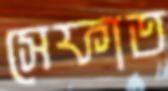
সেফাত